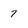
Character: 7